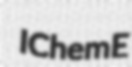
IChemE